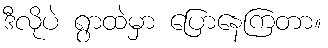
ဒီလိုပဲ ရွာထဲမှာ ပြောနေကြတာ။